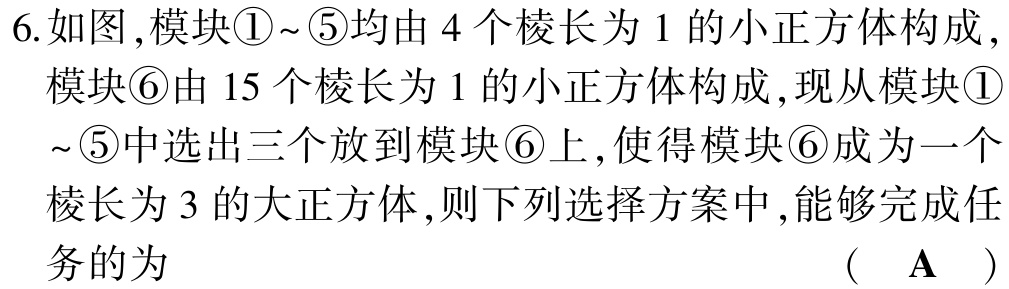
6.如图,模块\textcircled{1}~\textcircled{5}均由 4 个棱长为 1 的小正方体构成,
模块\textcircled{6}由 15 个棱长为 1 的小正方体构成,现从模块\textcircled{1}
~\textcircled{5}中选出三个放到模块\textcircled{6}上,使得模块\textcircled{6}成为一个
棱长为 3 的大正方体,则下列选择方案中,能够完成任
务的为 （ $\mathbf{A}$ ）